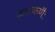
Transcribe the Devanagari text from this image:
जलकणैः